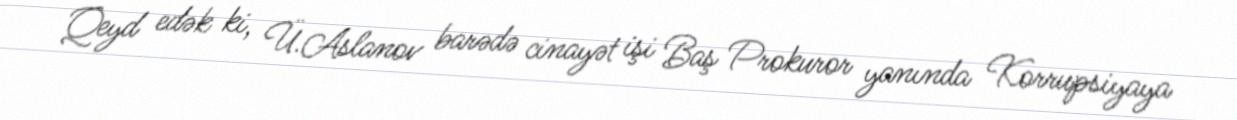
Qeyd edək ki, Ü.Aslanov barədə cinayət işi Baş Prokuror yanında Korrupsiyaya